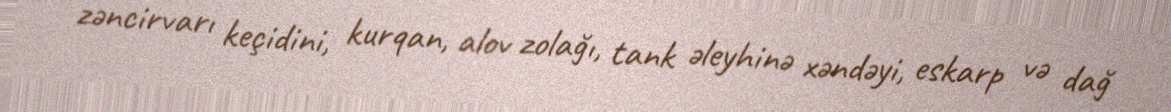
zəncirvarı keçidini, kurqan, alov zolağı, tank əleyhinə xəndəyi, eskarp və dağ